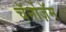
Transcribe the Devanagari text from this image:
चॅर्नोज़ॅम